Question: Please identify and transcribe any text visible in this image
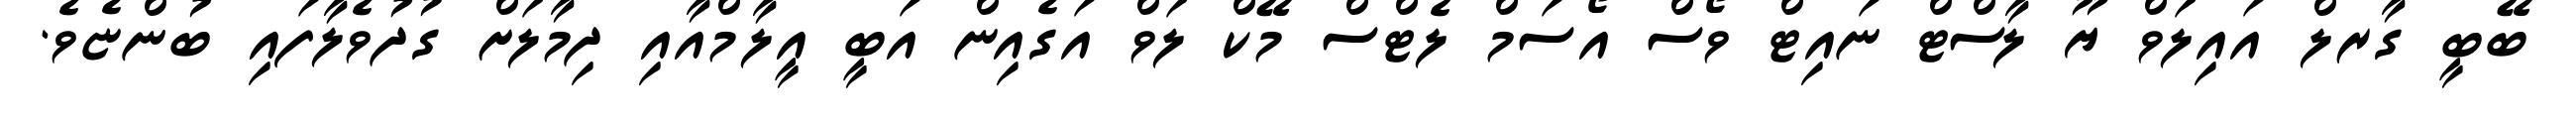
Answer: ބޭބީ ގާރލް އައިލަވް ޔޫ ލާސްޓް ނައިޓް ވޯސް އޯސަމް ލެޓްސް މޭކް ލަވް އަގެއިން އަބީ އީލާމްއާއި ދިމާލަށް ގުދުވެލާފައި ބުންޏެވެ.